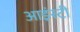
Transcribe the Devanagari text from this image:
आइंस्टी